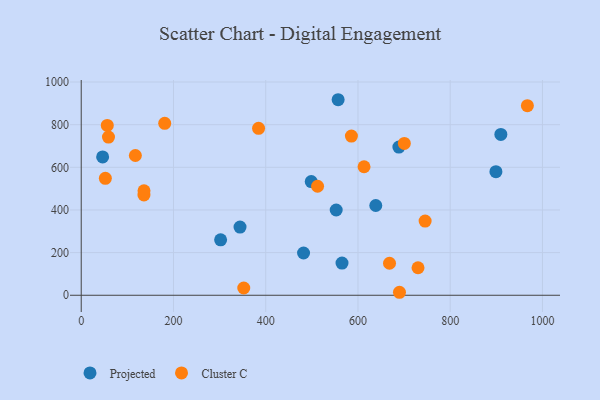
{"axis": {"x": "Study Hours", "y": "Exam Score"}, "legend": ["Cluster C", "Projected"], "data": [{"x": "899.1", "y": 579.4, "type": "Projected"}, {"x": "302.2", "y": 260.1, "type": "Projected"}, {"x": "565.4", "y": 151.1, "type": "Projected"}, {"x": "46.4", "y": 648.8, "type": "Projected"}, {"x": "498.7", "y": 533.1, "type": "Projected"}, {"x": "557.0", "y": 917.0, "type": "Projected"}, {"x": "344.3", "y": 319.6, "type": "Projected"}, {"x": "552.8", "y": 399.8, "type": "Projected"}, {"x": "482.0", "y": 198.2, "type": "Projected"}, {"x": "909.8", "y": 754.5, "type": "Projected"}, {"x": "638.6", "y": 421.0, "type": "Projected"}, {"x": "688.7", "y": 694.9, "type": "Projected"}, {"x": "56.5", "y": 796.3, "type": "Cluster C"}, {"x": "117.4", "y": 655.4, "type": "Cluster C"}, {"x": "384.5", "y": 783.1, "type": "Cluster C"}, {"x": "585.8", "y": 746.7, "type": "Cluster C"}, {"x": "59.1", "y": 741.8, "type": "Cluster C"}, {"x": "745.6", "y": 347.9, "type": "Cluster C"}, {"x": "136.0", "y": 470.3, "type": "Cluster C"}, {"x": "967.3", "y": 889.3, "type": "Cluster C"}, {"x": "181.0", "y": 806.1, "type": "Cluster C"}, {"x": "512.4", "y": 511.2, "type": "Cluster C"}, {"x": "690.0", "y": 14.0, "type": "Cluster C"}, {"x": "136.1", "y": 489.6, "type": "Cluster C"}, {"x": "668.4", "y": 150.2, "type": "Cluster C"}, {"x": "613.2", "y": 602.7, "type": "Cluster C"}, {"x": "730.2", "y": 129.1, "type": "Cluster C"}, {"x": "352.4", "y": 34.0, "type": "Cluster C"}, {"x": "52.3", "y": 548.4, "type": "Cluster C"}, {"x": "700.5", "y": 712.1, "type": "Cluster C"}]}